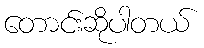
တောင်းဆိုပါတယ်